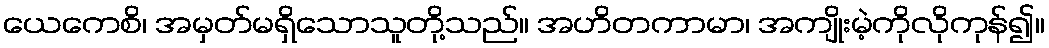
ယေကေစိ၊ အမှတ်မရှိသောသူတို့သည်။ အဟိတကာမာ၊ အကျိုးမဲ့ကိုလိုကုန်၍။